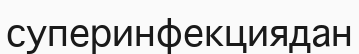
суперинфекциядан